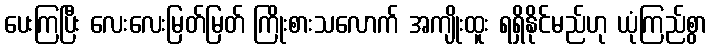
ပေးကြပြီး လေးလေးမြတ်မြတ် ကြိုးစားသလောက် အကျိုးထူး ရရှိနိုင်မည်ဟု ယုံကြည်စွာ